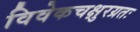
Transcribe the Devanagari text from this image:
विवेकचक्षुरग्रतः